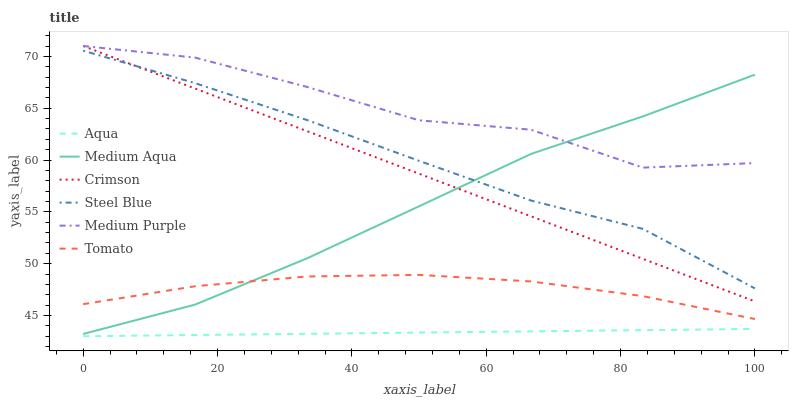
| xaxis_label | Aqua | Medium Aqua | Crimson | Steel Blue | Medium Purple | Tomato |
 | --- | --- | --- | --- | --- | --- | --- |
 | 0 | 43 | 43.2 | 71 | 70.5 | 71 | 46.1 |
 | 16.7 | 43.1 | 46.1 | 66.9 | 67.4 | 69.9 | 47.8 |
 | 33.3 | 43.2 | 50.5 | 62.8 | 63.9 | 67.1 | 48.8 |
 | 50 | 43.4 | 55.5 | 58.7 | 59.9 | 63.8 | 48.9 |
 | 66.7 | 43.5 | 60.6 | 54.6 | 56.1 | 62.9 | 48.3 |
 | 83.3 | 43.6 | 64.2 | 50.5 | 53.4 | 59.3 | 46.9 |
 | 100 | 43.7 | 68.2 | 46.4 | 47.6 | 59.7 | 44.7 |